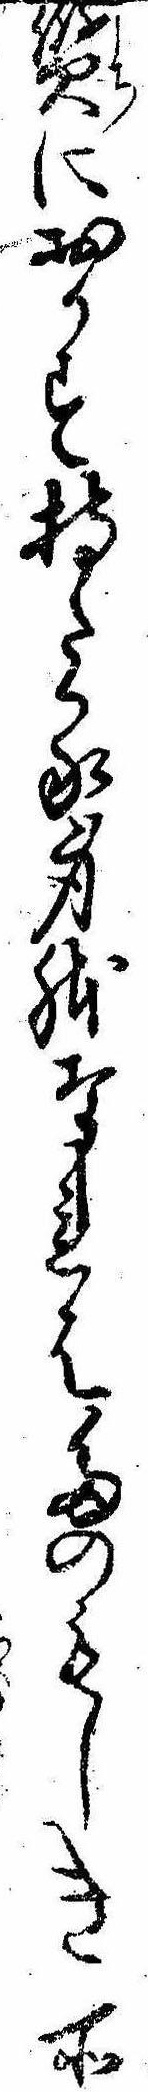
質におかす持たる身体なれはたのもしき所